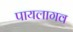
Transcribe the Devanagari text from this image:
पायलागव